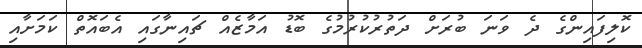
ކޮލިފައިންގެ ދެ ވަނަ ބުރަށް ދަތުރުކުރުމުގެ ބޮޑު އަމާޒެއް ޗައިނާގައި އެބައޮތް ކަމަށާއި